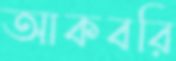
আকবরি